Indian journal of veterinary science and animal husbandry - Volume 11,
Year: 1941
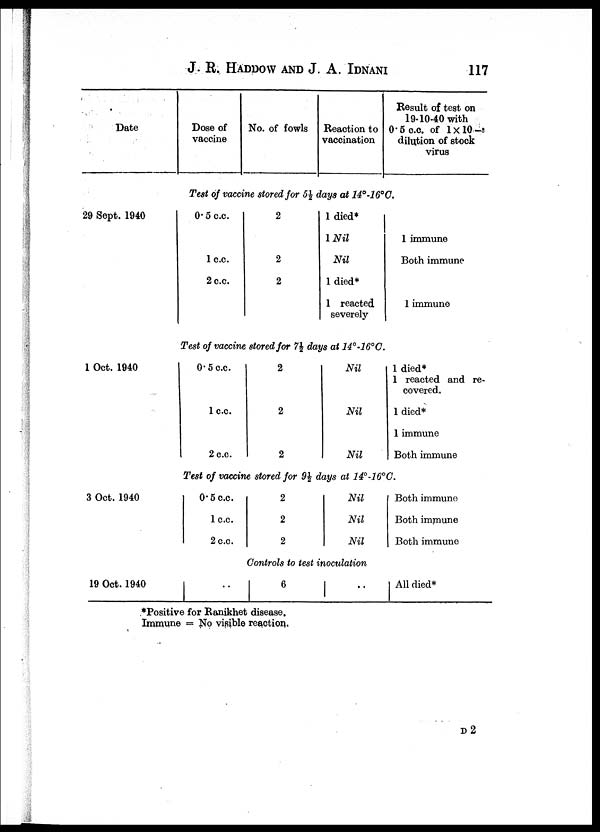
J. R. HADDOW AND J. A.
IDNANI
117
Date
29 Sept. 1940
1 Oct. 1940
3 Oct. 1940
19 Oct. 1940
Dose of
vaccine
No. of fowls Reaction to
vaccination
Result of test on
19-10-40 with
0.5 c.c. of 1×10 -3
dilution of stock
virus
Test of vaccine stored for 5½ days at 14°-16°C.
0.5 c.c.
1 c.c.
2 c.c.
2
2
2
1 died*
1 Nil
Nil
1 died*
1 reacted
severely
1 immune
Both immune
1 immune
Test of vaccine stored for 7½ days at 14°-16°C.
0.5 c.c.
1c.c.
2 c.c.
2
2
2
Nil
Nil
Nil
1 died*
1 reacted and re-
covered.
1 died*
1 immune
Both immune
Test of vaccine stored for 9½ days at 14°-16°C.
0.5 c.c.
1 c.c.
2 c.c.
2
2
2
Nil
Nil
Nil
Both immune
Both immune
Both immune
Controls to test inoculation
..
6
..
All died*
*Positive for Ranikhet disease.
Immune = No visible reaction.
D2